Leaving Certificate Examination (including Day School Certificate (Higher) General paper), 1931
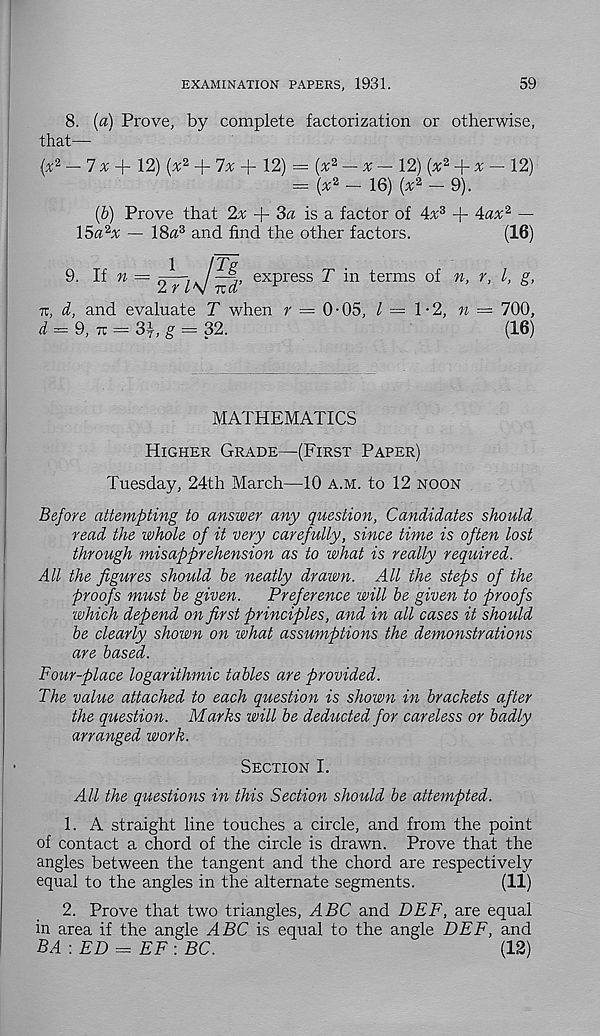
EXAMINATION PAPERS, 1931.
59
8. [a) Prove, by complete factorization or otherwise,
that—
(x 2 — 7 x
12) (x 2 + 7^ + 12) = (x 2 — x — 12) (x 2 + x — 12)
= (x 2 — 16) (x 2 — 9).
(b) Prove that ‘lx + 3a is a factor of 4x 3 + \ax 2 —
\%a 2 x — 18a 3 and find the other factors.
(16)
1
(Tg.
9. If » — s —•,. / —j, express T in terms of n, r, l, g,
Zr l\l net
n, d, and evaluate T when r = 0• 05, 1=1-2, n = 700,
^ = 9, TC = 3i, ^ = 32.
(16)
MATHEMATICS
Higher Grade—(First Paper)
Tuesday, 24th March—10 a.m. to 12 noon
Before attempting to answer any question, Candidates should
read the whole of it very carefully, since time is often lost
through misapprehension as to what is really required.
All the figures should be neatly drawn. All the steps of the
proofs must be given.
Preference will be given to proofs
which depend on first principles, and in all cases it should
be clearly shown on what assumptions the demonstrations
are based.
Four-place logarithmic tables are provided.
The value attached to each question is shown in brackets after
the question. Marks will be deducted for careless or badly
arranged work.
Section I.
All the questions in this Section should be attempted.
1. A straight line touches a circle, and from the point
of contact a chord of the circle is drawn. Prove that the
angles between the tangent and the chord are respectively
equal to the angles in the alternate segments.
(11)
2. Prove that two triangles, ABC and DBF, are equal
in area if the angle ABC is equal to the angle DBF, and
BA\ ED = EF \ BC.
(12)